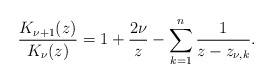
\begin{align*}\dfrac{K_{\nu+1}(z)}{K_\nu(z)}=1+\dfrac{2\nu}{z}-\sum_{k=1}^n\dfrac{1}{z-z_{\nu,k}}.\end{align*}